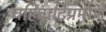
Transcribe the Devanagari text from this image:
वहिवाटिप्रमाणे